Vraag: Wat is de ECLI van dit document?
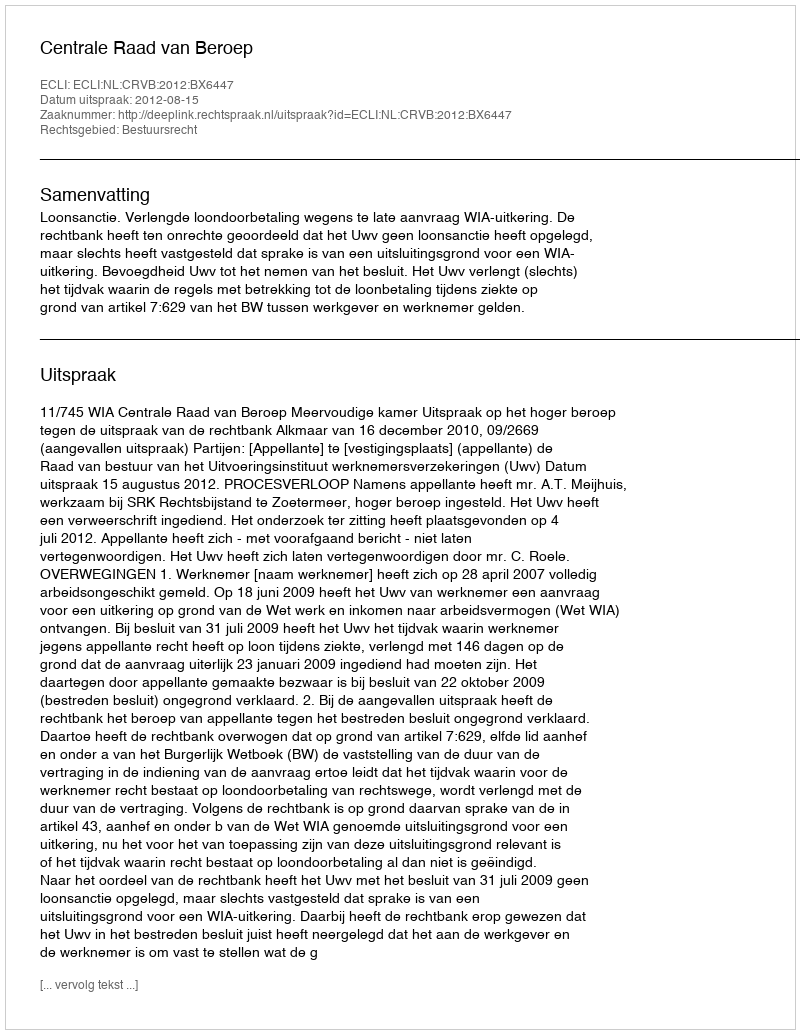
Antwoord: ECLI:NL:CRVB:2012:BX6447